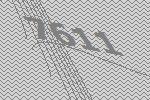
7611